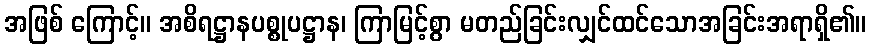
အဖြစ် ကြောင့်။ အစိရဋ္ဌာနပစ္စုပဋ္ဌာန၊ ကြာမြင့်စွာ မတည်ခြင်းလျှင်ထင်သောအခြင်းအရာရှိ၏။